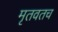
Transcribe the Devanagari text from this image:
मृतवतच